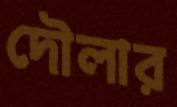
দৌলার